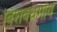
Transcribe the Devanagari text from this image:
विशवधर्माय